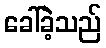
ခေါ်ခဲ့သည်